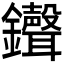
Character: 𫓠